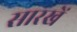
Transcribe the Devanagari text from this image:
सारखें